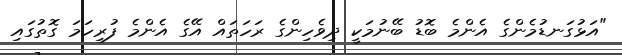
"އަޅުގަނޑުމެންގެ އެންމެ ބޮޑު ބޭނުމަކީ ދިވެހިންގެ ރަހަތައް އޭގެ އެންމެ ފުރިހަމަ ގޮތުގައި